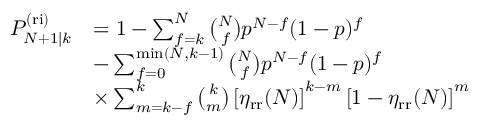
\begin{array} { r l } { P _ { N + 1 | k } ^ { \mathrm { ( r i ) } } } & { = 1 - \sum _ { f = k } ^ { N } \binom { N } { f } p ^ { N - f } ( 1 - p ) ^ { f } } \\ & { - \sum _ { f = 0 } ^ { \operatorname* { m i n } ( N , k - 1 ) } \binom { N } { f } p ^ { N - f } ( 1 - p ) ^ { f } } \\ & { \times \sum _ { m = k - f } ^ { k } \binom { k } { m } \left[ \eta _ { \mathrm { r r } } ( N ) \right] ^ { k - m } \left[ 1 - \eta _ { \mathrm { r r } } ( N ) \right] ^ { m } } \end{array}